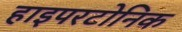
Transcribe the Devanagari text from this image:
हाइपरटोनिक